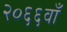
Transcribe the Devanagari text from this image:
२०६६वाँ